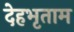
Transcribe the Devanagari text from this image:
देहभृताम